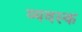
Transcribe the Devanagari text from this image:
व्यवस्क